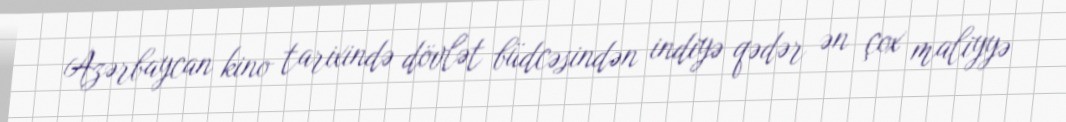
Azərbaycan kino tarixində dövlət büdcəsindən indiyə qədər ən çox maliyyə